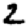
Digit: 2